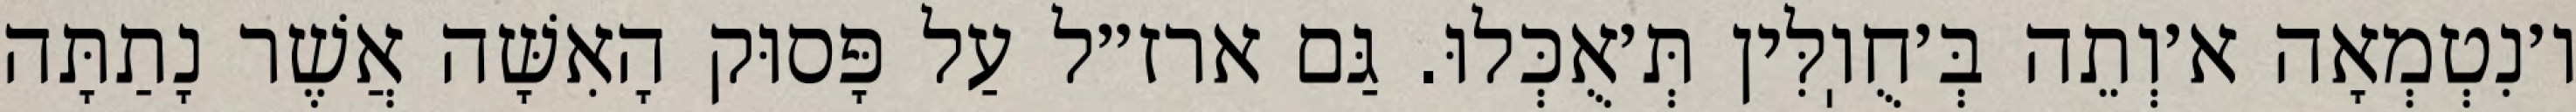
ו׳נִטְמְאָה א׳וְתֵה בְּ׳חֻוֽלִּין תְּ׳אֻכְּלוּ. גַּם ארז״ל עַל פָּסוּק הָאִשָּׁה אֲשֶׁר נָתַתָּה